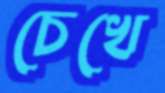
চেখে